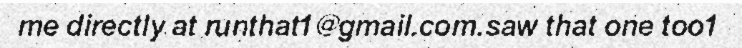
me directly at runthat1@gmail.com.saw that one too1